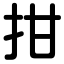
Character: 拑